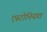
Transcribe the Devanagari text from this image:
एस्टोनियात